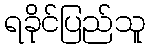
ရခိုင်ပြည်သူ